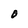
Character: O